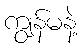
ကျွန်မနဲ့